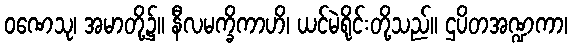
ဝဏေသု၊ အမာတို့၌။ နီလမက္ခိကာဟိ၊ ယင်မဲရိုင်းတို့သည်။ ဌပိတအဏ္ဍကာ၊